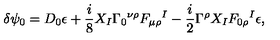
\delta \psi _ { 0 } = D _ { 0 } \epsilon + { \frac { i } { 8 } } X _ { I } \Gamma _ { 0 } { } ^ { \nu \rho } F _ { \mu \rho } { } ^ { I } - { \frac { i } { 2 } } \Gamma ^ { \rho } X _ { I } F _ { 0 \rho } { } ^ { I } \epsilon ,